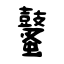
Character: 鼜